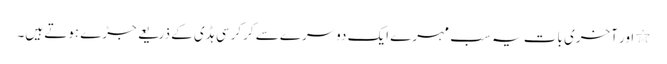
٭ اور آخری بات یہ سب مہرے ایک دوسرے سے کرکرسی ہڈی کے ذریعے جڑے ہوتے ہیں۔